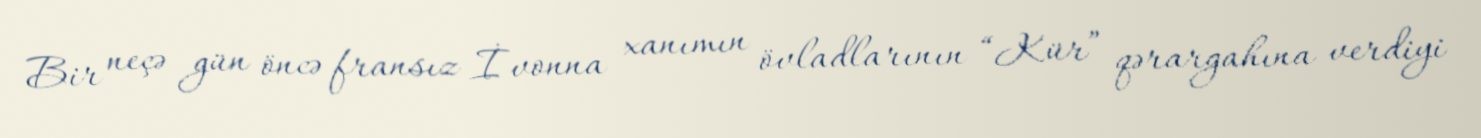
Bir neçə gün öncə fransız İvonna xanımın övladlarının “Kür” qərargahına verdiyi